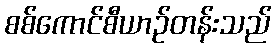
စစ်ကောင်စီယာဉ်တန်းသည်